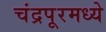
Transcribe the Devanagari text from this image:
चंद्रपूरमध्ये